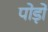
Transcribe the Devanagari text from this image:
पोड़ों